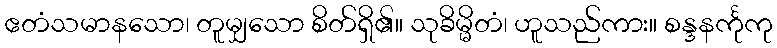
ဧတံသမာနသော၊ တူမျှသော စိတ်ရှိ၏။ သုခိမ္မိတံ၊ ဟူသည်ကား။ စန္ဒနင်္ကုကု